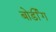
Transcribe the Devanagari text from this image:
बोर्डींग